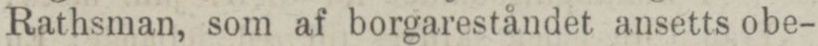
Rathsman, som af borgareståndet ansetts obe-